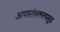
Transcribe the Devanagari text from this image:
आपस्तंबकल्पसूत्र